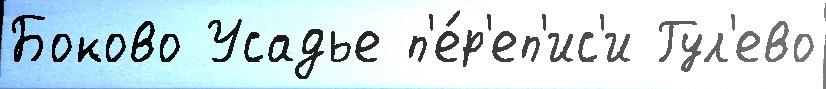
Боково Усадье п'е́р'еп'ис'и Гул'ево